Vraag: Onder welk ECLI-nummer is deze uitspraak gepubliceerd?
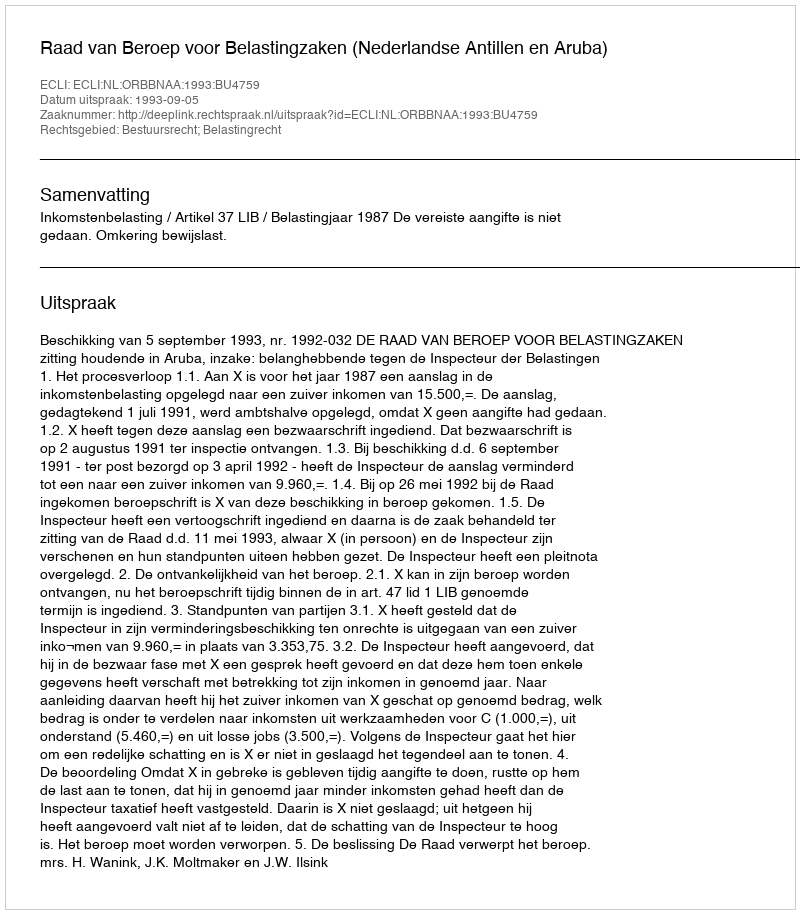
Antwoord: ECLI:NL:ORBBNAA:1993:BU4759